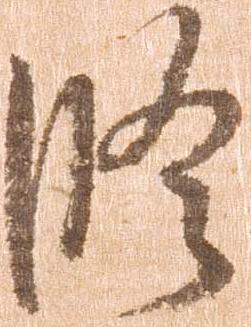
修